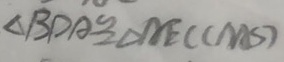
\Delta B D A \cong \Delta A E C ( A A S )